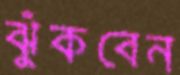
ঝুঁকবেন